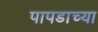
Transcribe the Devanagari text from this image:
पापडाच्या